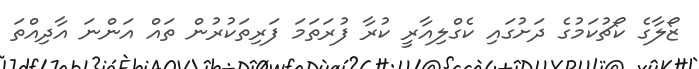
ޒޯލާގެ ކޯޗުކަމުގެ ދަށުގައި ކެގްލިއާރީ ކުރާ ފުރަތަމަ ފަރިތަކުރުން ތައް އަންނަ އާދިއްތަ